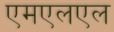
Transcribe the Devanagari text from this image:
एमएलएल